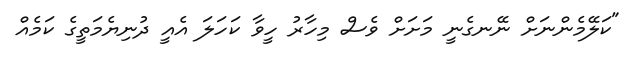
"ކަލޭމެންނަށް ނޭނގެނީ މަށަށް ވެސް މިހާރު ހީވާ ކަހަލަ އެއީ ދުނިޔެމަތީގެ ކަމެއް